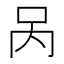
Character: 呙